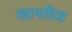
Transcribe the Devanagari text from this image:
खानतीस